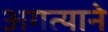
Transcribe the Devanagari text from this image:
अगत्याने